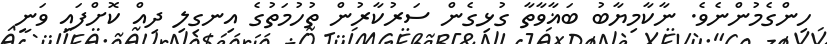
ހިންގެމުންނެވެ. ނާކާމިޔާބު ބަޣާވާތާ ގުޅިގެން ސަރުކާރުން ތުހުމަތުގެ އިނގިލި ދިއް ކޮށްފައި ވަނީ